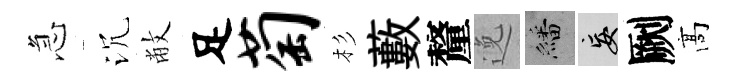
急沉敝足萄杉藪釐𨓜繙妄劂髙